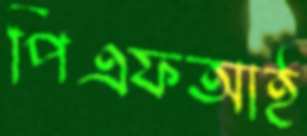
পিএফআই